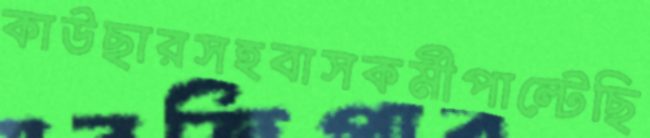
কাউছারসহবাসকর্মীপাল্টেছি